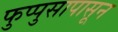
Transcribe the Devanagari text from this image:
फुप्पुसापासून